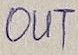
Text: OUT